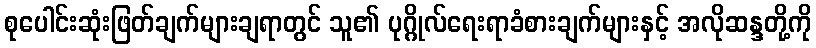
စုပေါင်းဆုံးဖြတ်ချက်များချရာတွင် သူ၏ ပုဂ္ဂိုလ်ရေးရာခံစားချက်များနှင့် အလိုဆန္ဒတို့ကို